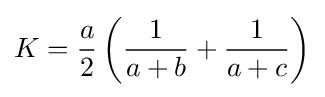
K={\frac {a}{2}}\left({\frac {1}{a+b}}+{\frac {1}{a+c}}\right)